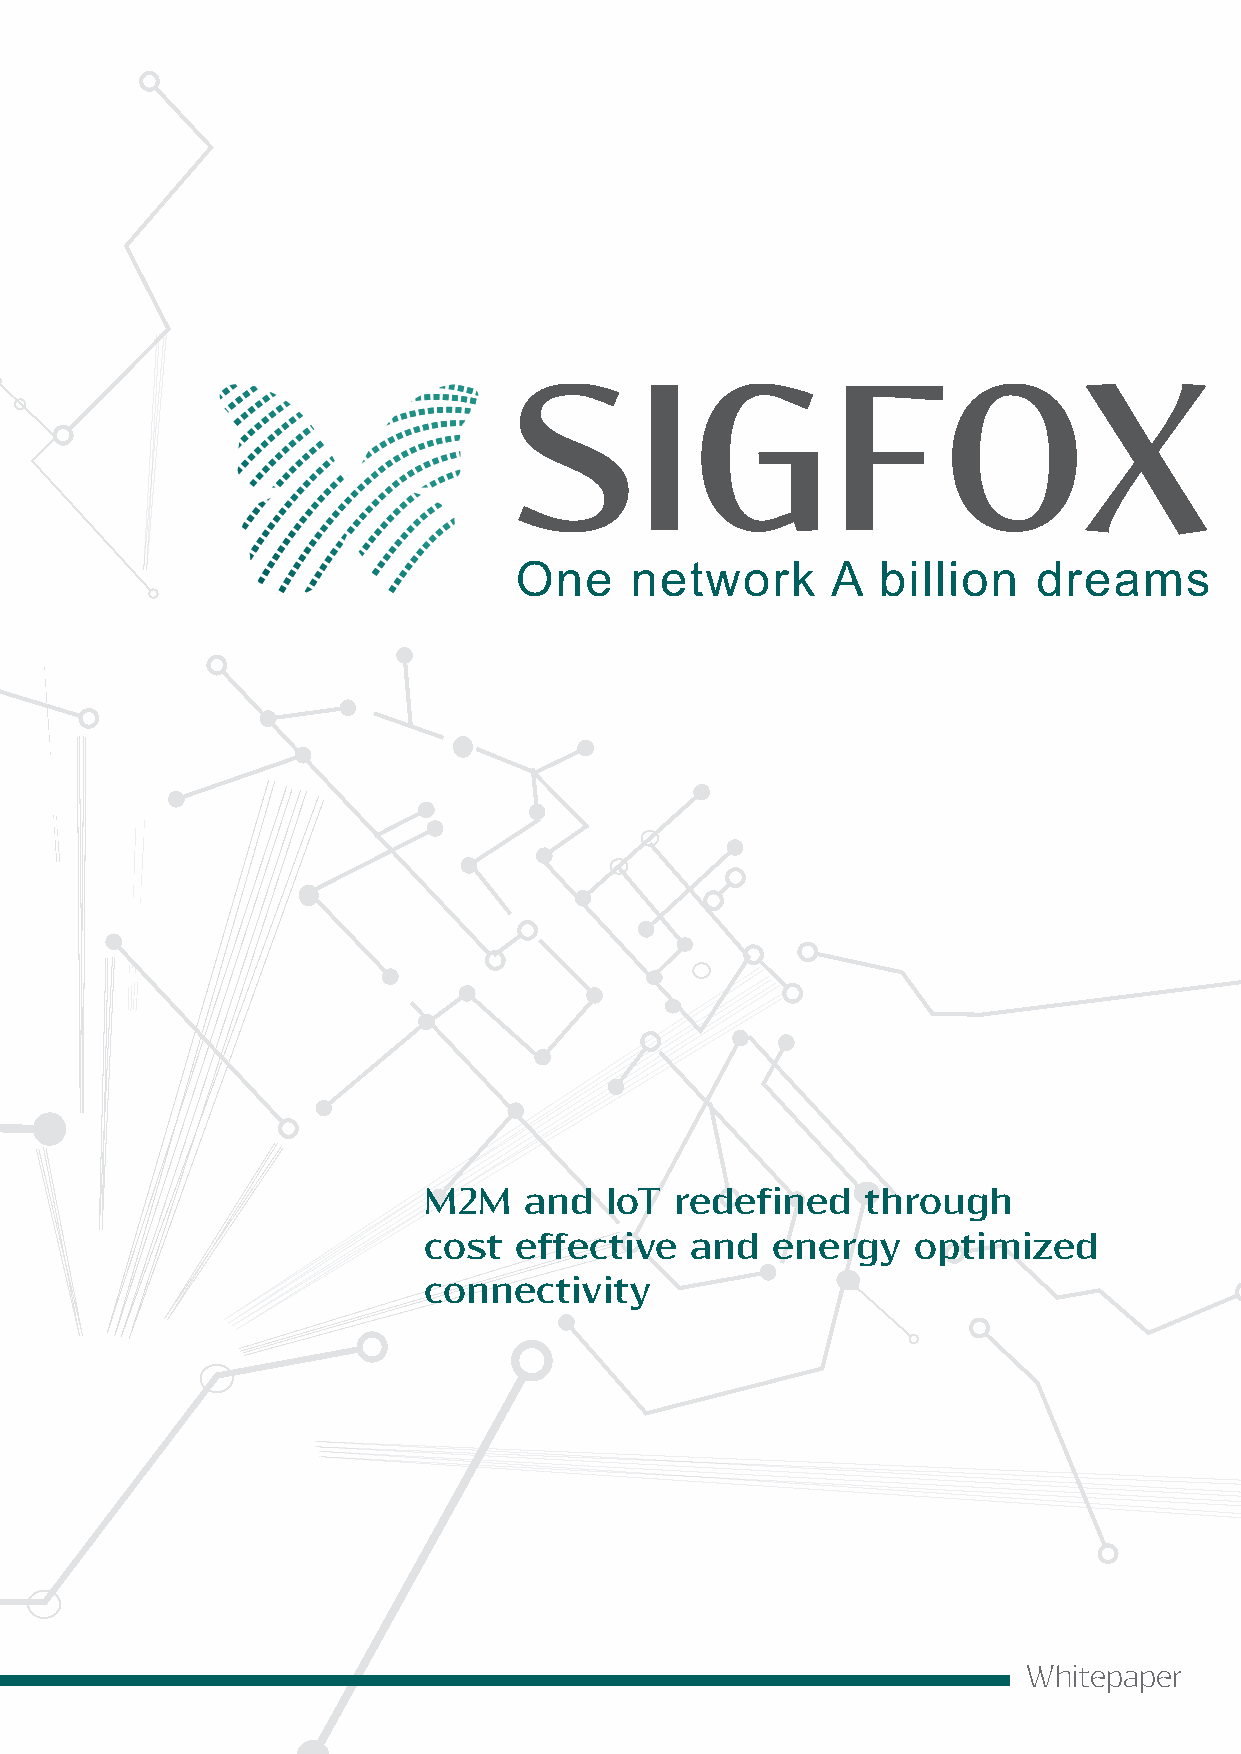
M2M    and  IoT  redefined   through
 cost  effective   and  energy    optimized
 connectivity
 Whitepaper